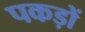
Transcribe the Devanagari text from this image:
पकड़ों